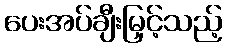
ပေးအပ်ချီးမြှင့်သည့်